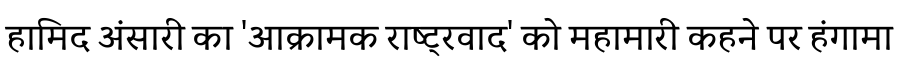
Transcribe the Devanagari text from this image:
हामिद अंसारी का 'आक्रामक राष्ट्रवाद' को महामारी कहने पर हंगामा